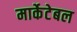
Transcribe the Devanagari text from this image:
मार्केटेबल